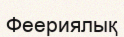
Феериялық